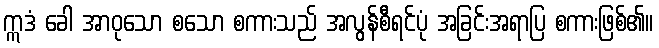
ဣဒံ ခေါ အာဝုသော စသော စကားသည် အလွန်စီရင်ပုံ အခြင်းအရာပြ စကားဖြစ်၏။